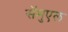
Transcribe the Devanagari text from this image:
सॅमुएल